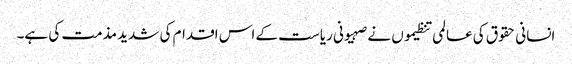
انسانی حقوق کی عالمی تنظیموں نے صہیونی ریاست کے اس اقدام کی شدید مذمت کی ہے۔